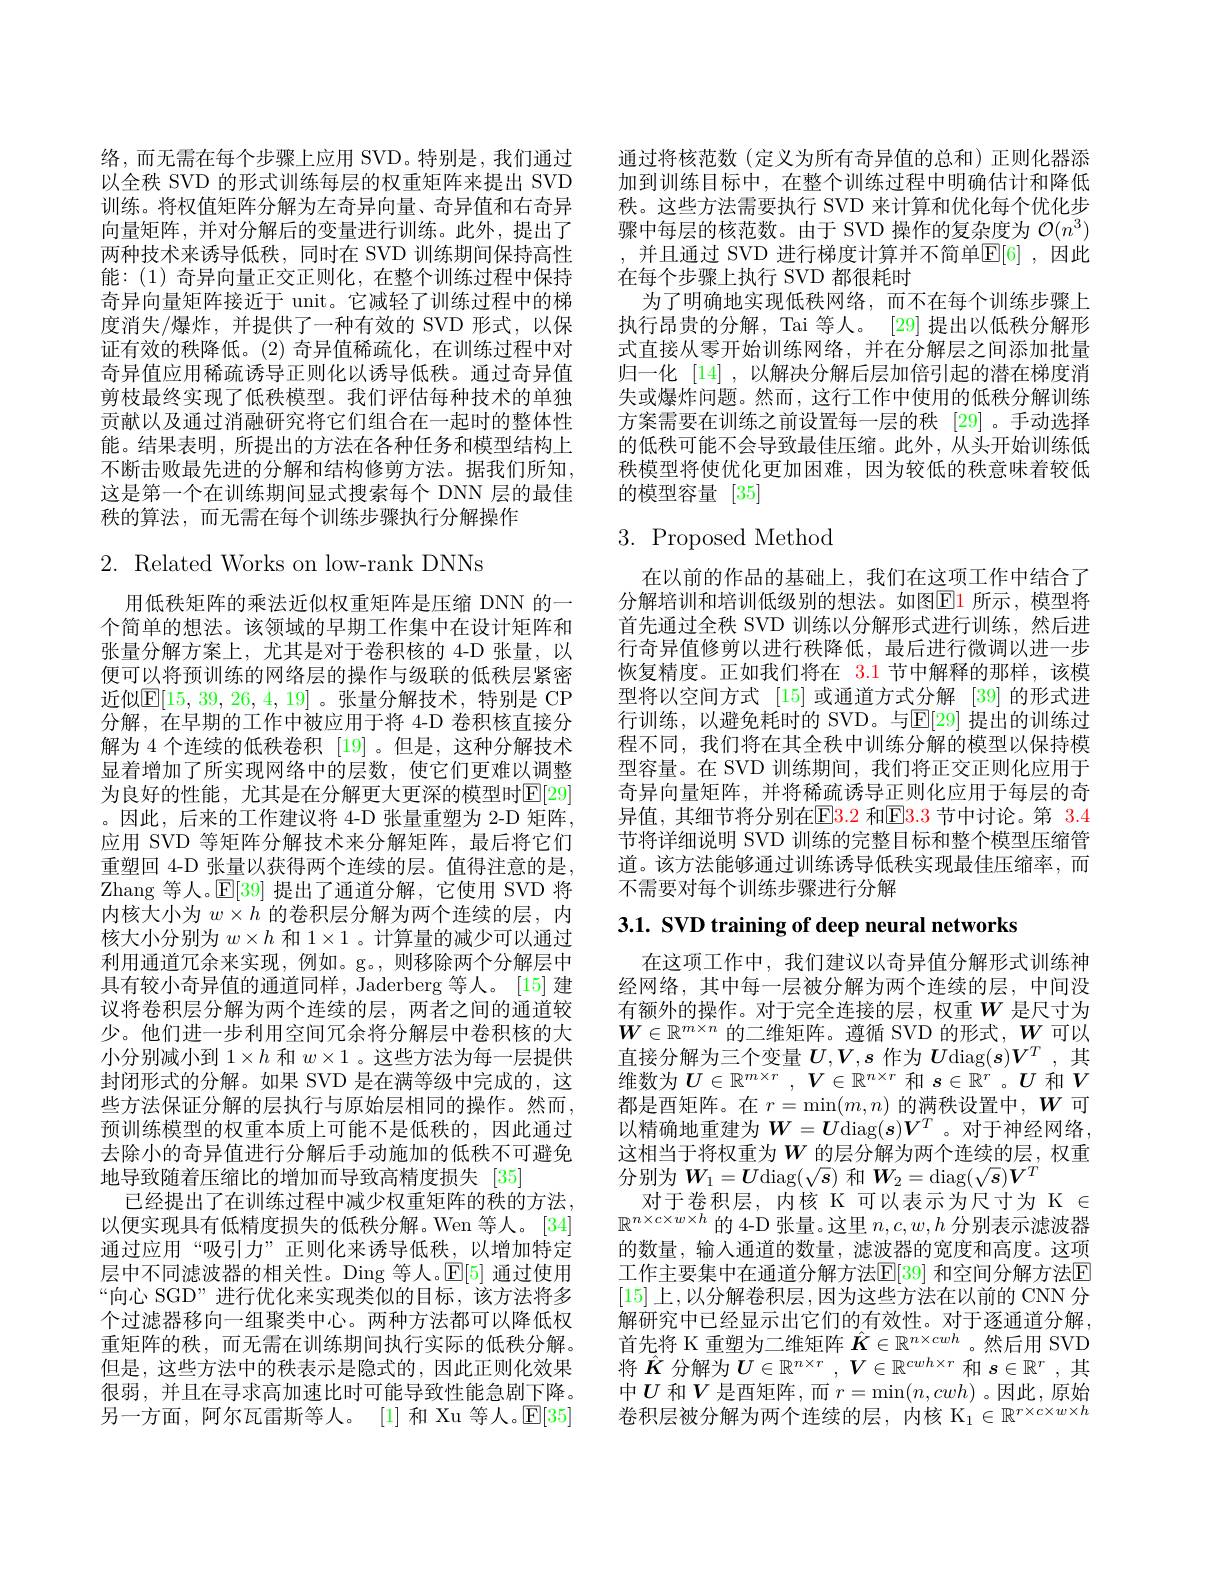
络，而无需在每个步骤上应用 SVD。特别是，我们通过以全秩 SVD 的形式训练每层的权重矩阵来提出 SVD 训练。将权值矩阵分解为左奇异向量、奇异值和右奇异向量矩阵，并对分解后的变量进行训练。此外，提出了两种技术来诱导低秩，同时在 SVD 训练期间保持高性能：(1) 奇异向量正交正则化，在整个训练过程中保持奇异向量矩阵接近于 unit。它减轻了训练过程中的梯度消失/爆炸，并提供了一种有效的 SVD 形式，以保证有效的秩降低。(2)奇异值稀疏化，在训练过程中对奇异值应用稀疏诱导正则化以诱导低秩。通过奇异值剪枝最终实现了低秩模型。我们评估每种技术的单独贡献以及通过消融研究将它们组合在一起时的整体性能。结果表明，所提出的方法在各种任务和模型结构上不断击败最先进的分解和结构修剪方法。据我们所知， 这是第一个在训练期间显式搜索每个 DNN 层的最佳秩的算法，而无需在每个训练步骤执行分解操作

2. Related Works on low-rank DNNs

用低秩矩阵的乘法近似权重矩阵是压缩 DNN 的一个简单的想法。该领域的早期工作集中在设计矩阵和张量分解方案上，尤其是对于卷积核的 4-D 张量，以便可以将预训练的网络层的操作与级联的低秩层紧密近似$\mathbb{E}[15,39,26,4,19]$。张量分解技术，特别是 CP 分解，在早期的工作中被应用于将 4-D 卷积核直接分解为 4 个连续的低秩卷积 [19]。但是，这种分解技术显着增加了所实现网络中的层数，使它们更难以调整为良好的性能，尤其是在分解更大更深的模型时$\mathbb{E}[29]$ 。因此，后来的工作建议将 4-D 张量重塑为 2-D 矩阵， 应用 SVD 等矩阵分解技术来分解矩阵，最后将它们重塑回 4-D 张量以获得两个连续的层。值得注意的是， Zhang 等人。$\mathbb{E}[39]$提出了通道分解，它使用 SVD 将内核大小为$w\times h$的卷积层分解为两个连续的层，内核大小分别为$w\times h$和$1\times1$ 。计算量的减少可以通过利用通道冗余来实现，例如。g。,则移除两个分解层中具有较小奇异值的通道同样，Jaderberg 等人。[15] 建议将卷积层分解为两个连续的层，两者之间的通道较少。他们进一步利用空间冗余将分解层中卷积核的大小分别减小到$1\times h$和$w\times1$ 。这些方法为每一层提供封闭形式的分解。如果 SVD 是在满等级中完成的，这些方法保证分解的层执行与原始层相同的操作。然而， 预训练模型的权重本质上可能不是低秩的，因此通过去除小的奇异值进行分解后手动施加的低秩不可避免地导致随着压缩比的增加而导致高精度损失 [35]
已经提出了在训练过程中减少权重矩阵的秩的方法。以便实现具有低精度损失的低秩分解。Wen 等人。[34] 通过应用“吸引力”正则化来诱导低秩，以增加特定层中不同滤波器的相关性。Ding 等人。$\mathbb{E}[5]$通过使用“向心 SGD” 进行优化来实现类似的目标，该方法将多个过滤器移向一组聚类中心。两种方法都可以降低权重矩阵的秩，而无需在训练期间执行实际的低秩分解。但是，这些方法中的秩表示是隐式的，因此正则化效果很弱，并且在寻求高加速比时可能导致性能急剧下降。另一方面，阿尔瓦雷斯等人。[1] 和 Xu 等人。$\mathbb{E}[35]$

通过将核范数(定义为所有奇异值的总和)正则化器添加到训练目标中，在整个训练过程中明确估计和降低秩。这些方法需要执行 SVD 来计算和优化每个优化步骤中每层的核范数。由于 SVD 操作的复杂度为$\mathcal{O}(n^3)$
并且通过 SVD 进行梯度计算并不简单$\mathbb{E}[6]$ ,因此
在每个步骤上执行 SVD 都很耗时
为了明确地实现低秩网络，而不在每个训练步骤上执行昂贵的分解，Tai 等人。[29] 提出以低秩分解形式直接从零开始训练网络，并在分解层之间添加批量归一化[14],以解决分解后层加倍引起的潜在梯度消失或爆炸问题。然而，这行工作中使用的低秩分解训练方案需要在训练之前设置每一层的秩 [29]。手动选择的低秩可能不会导致最佳压缩。此外，从头开始训练低秩模型将使优化更加困难，因为较低的秩意味着较低的模型容量[35]

# $3.{\mathrm{Proposed~Method}}$

在以前的作品的基础上，我们在这项工作中结合了分解培训和培训低级别的想法。如图$\boxed{\mathrm{E}}1$ 所示 ,模型将首先通过全秩 SVD 训练以分解形式进行训练，然后进行奇异值修剪以进行秩降低，最后进行微调以进一步恢复精度。正如我们将在 3.1 节中解释的那样，该模型将以空间方式 [15]或通道方式分解 [39]的形式进行训练，以避免耗时的 SVD。与$\mathbb{E}[29]$ 提出的训练过程不同，我们将在其全秩中训练分解的模型以保持模型容量。在 SVD 训练期间，我们将正交正则化应用于奇异向量矩阵，并将稀疏诱导正则化应用于每层的奇异值，其细节将分别在$\color{red}{\mathrm{E}}\color{blue}{\mathrm{E}}\color{red}{\mathrm{3.2~}}$和$\color{red}{\mathrm{E}}\color{red}{\mathrm{3.3~}}$节中讨论。第 $\color{red}{\mathrm{3.4}}$ 节将详细说明 SVD 训练的完整目标和整个模型压缩管道。该方法能够通过训练诱导低秩实现最佳压缩率，而不需要对每个训练步骤进行分解

3.1. SVD training of deep neural networks

在这项工作中，我们建议以奇异值分解形式训练神经网络，其中每一层被分解为两个连续的层，中间没有额外的操作。对于完全连接的层，权重$W$ 是尺寸为$\boldsymbol{W}\in\mathbb{R}^{m\times n}$ 的二维矩阵。遵循 SVD 的形式，$\boldsymbol{W}$可以直接分解为三个变量$U,V,s$作为$U$diag$(\boldsymbol{s})\boldsymbol{V}^T$,其维数为$U\in\mathbb{R}^m\times r,V\in\mathbb{R}^{n\times r}$和$s\in\mathbb{R}^r$ 。$U$和$V$ 都是酉矩阵。在$r=\min(m,n)$的满秩设置中，$W$可以精确地重建为$\boldsymbol{W}=\boldsymbol{U}\operatorname{diag}(\boldsymbol{s})\boldsymbol{V}^T$ 。对于神经网络， 这相当于将权重为$W$ 的层分解为两个连续的层，权重分别为$W_1=\boldsymbol{U}$diag$(\sqrt\boldsymbol s)$和$\boldsymbol W_2=\operatorname{diag}(\sqrt\boldsymbol s)\boldsymbol{V}^T$
对于卷积层，内核 K 可以表示为尺寸为 K $\in$ $\mathbb{R}^{n\times c\times w\times h}$的 4-D 张量。这里$n,c,w,h$分别表示滤波器的数量，输入通道的数量，滤波器的宽度和高度。这项工作主要集中在通道分解方法$\mathbb{E}[39]$ 和空间分解方法$\mathbb{E}$ [15] 上，以分解卷积层，因为这些方法在以前的 CNN 分解研究中已经显示出它们的有效性。对于逐通道分解， 首先将 K 重塑为二维矩阵$\hat{\boldsymbol{K}}\in\mathbb{R}^{n\times cwh}$ 。然后用 SVD 将$\hat{K}$ 分解为$\boldsymbol{U}\in\mathbb{R}^n\times r,\boldsymbol{V}\in\mathbb{R}^{cwh\times r}$ 和$s\in\mathbb{R}^r$,其中$U$ 和$V$ 是酉矩阵，而 $r=\min(n,cwh)$ 。因此，原始卷积层被分解为两个连续的层，内核$\mathcal{K}_1\in\mathbb{R}^r\times c\times w\times h$